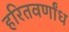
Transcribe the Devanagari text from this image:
हरितवर्णांध